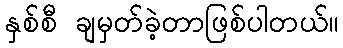
နှစ်စီ ချမှတ်ခဲ့တာဖြစ်ပါတယ်။